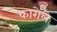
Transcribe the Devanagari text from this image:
कारोले